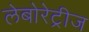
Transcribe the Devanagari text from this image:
लेबोरेट्रीज